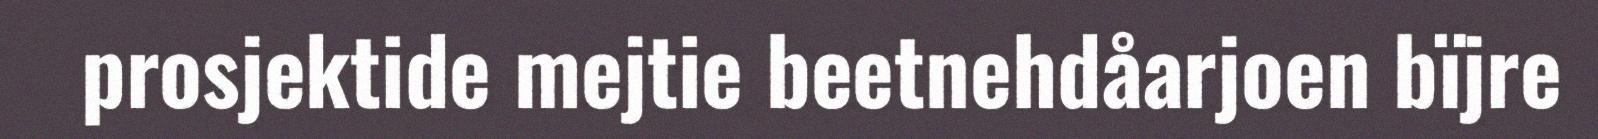
prosjektide mejtie beetnehdåarjoen bïjre